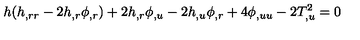
h ( h _ { , r r } - 2 h _ { , r } \phi _ { , r } ) + 2 h _ { , r } \phi _ { , u } - 2 h _ { , u } \phi _ { , r } + 4 \phi _ { , u u } - 2 T _ { , u } ^ { 2 } = 0